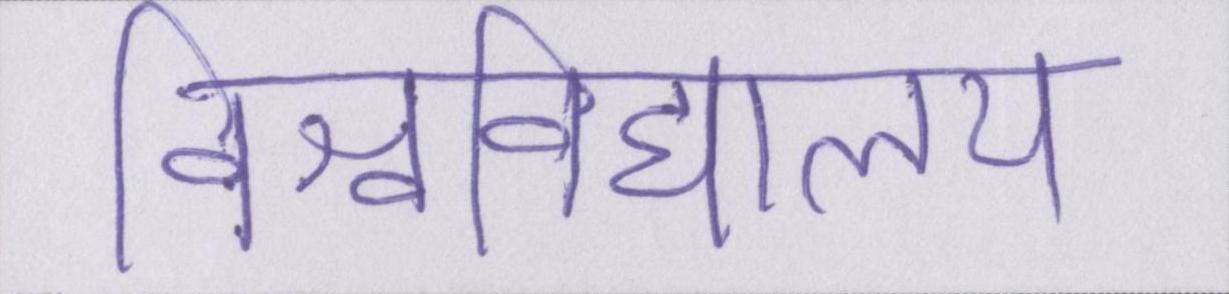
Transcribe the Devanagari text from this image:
विश्वविद्यालय